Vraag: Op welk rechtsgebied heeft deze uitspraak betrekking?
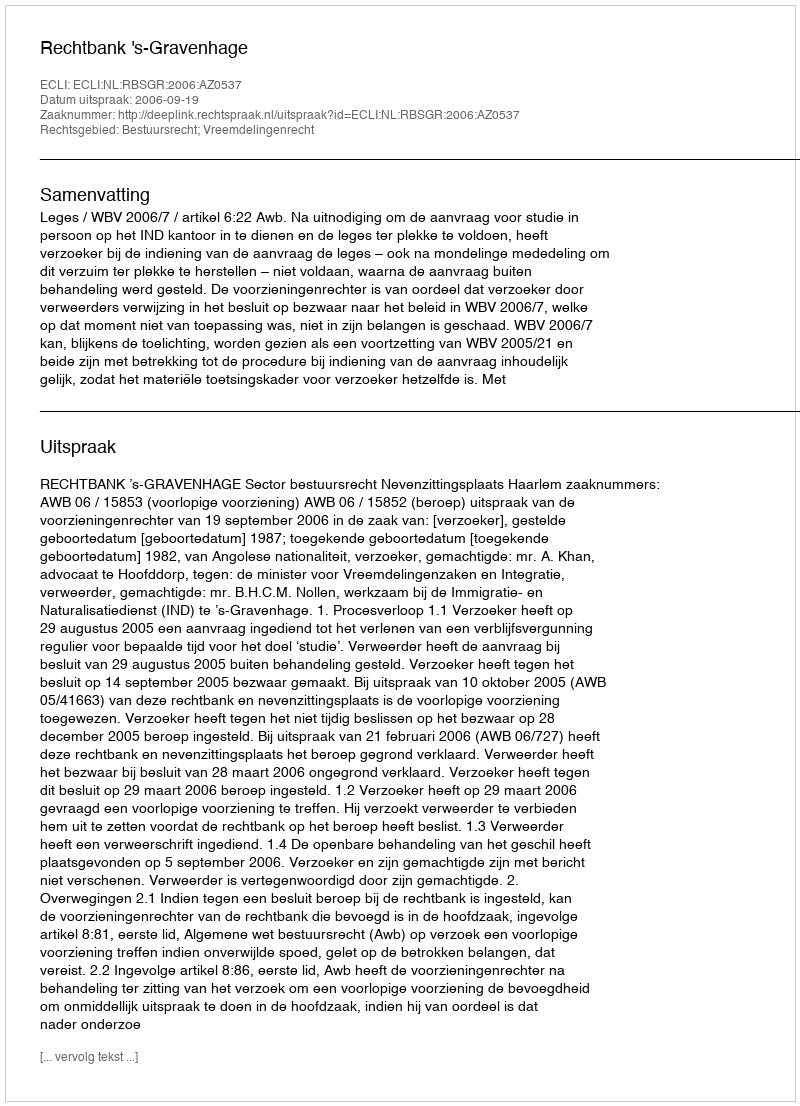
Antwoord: Bestuursrecht; Vreemdelingenrecht